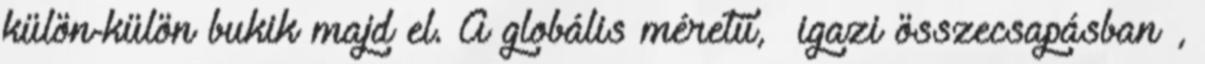
külön-külön bukik majd el. A globális méretű, »igazi összecsapásban«,